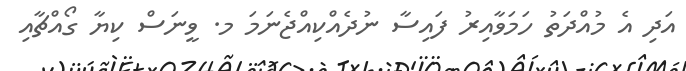
އަދި އެ މުއްދަތު ހަމަވާއިރު ފައިސާ ނުދެއްކިއްޖެނަމަ މ. ވީނަސް ކިޔާ ގޯއްޗާއި